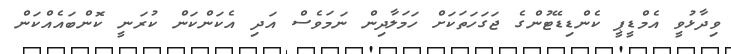
ވިދާޅުވީ އެމްޑީޕީ ކެންޑިޑޭޓުންގެ ޖަގަހަތަކަށް ހަމަލާދިން ނަމަވެސް އަދި އެކަންކަން ކުރަނީ ކޮންބައެއްކަން